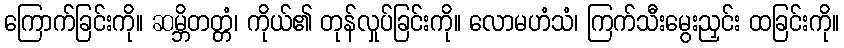
ကြောက်ခြင်းကို။ ဆမ္ဘိတတ္တံ၊ ကိုယ်၏ တုန်လှုပ်ခြင်းကို။ လောမဟံသံ၊ ကြက်သီးမွေးညှင်း ထခြင်းကို။